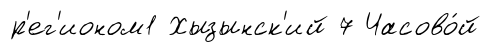
р'ег'ионом1 Хызынск'ий 7 Часово́й